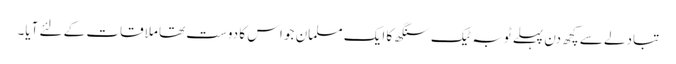
تبادلے سے کچھ دن پہلے ٹوبہ ٹیک سنگھ کا ایک مسلمان جو اس کا دوست تھا ملاقات کے لئے آیا۔